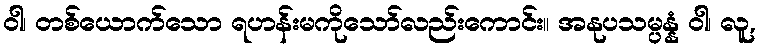
ဝါ၊ တစ်ယောက်သော ရဟန်းမကိုသော်လည်းကောင်း။ အနုပသမ္ပန္နံ ဝါ၊ လူ,